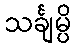
သင်္ချမ္ပိ